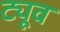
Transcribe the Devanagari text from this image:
ट्यूव